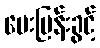
မေးမြန်းခွင့်